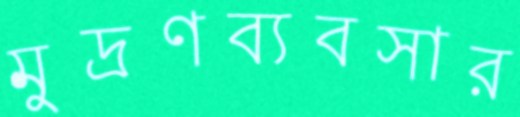
মুদ্রণব্যবসার